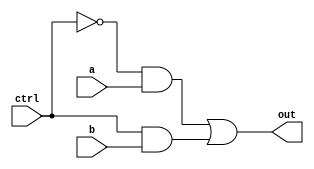
module mux(out, a, b, ctrl);
	output out;
	input a, b, ctrl;
	wire ctrlBar, w1, w2;
	not not1(ctrlBar, ctrl);
	and and1(w1, ctrlBar, a);
	and and2(w2, ctrl, b);
	or or1(out, w1, w2);
endmodule